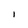
Character: I